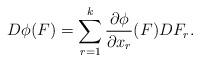
LaTeX: \begin{align*}D\phi(F)=\sum_{r=1}^k \frac{\partial \phi}{\partial x_r}(F) D F_r.\end{align*}